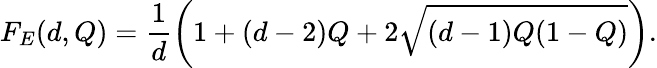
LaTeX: F_{E}(d,Q)=\frac{1}{d}\left(1+(d-2)Q+2\sqrt{(d-1)Q(1-Q)}\right).